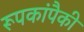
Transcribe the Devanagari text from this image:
रूपकांपैकी